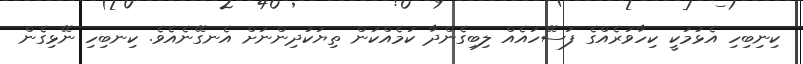
ކިނިބިހި އެޅުމަކީ ކިހާވަރެއްގެ ފަސޭހައެއް ލިބިގެންދާ ކަމެއްކަން ތިޔަކުދިންނަށް އެނގޭނެއެވެ. ކިނބިހި ނޭޅިގެން